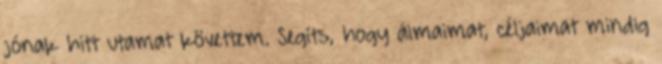
jónak hitt utamat követtem. Segíts, hogy álmaimat, céljaimat mindig